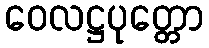
ဝေလဋ္ဌပုတ္တော